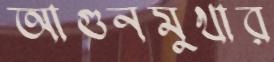
আগুনমুখার